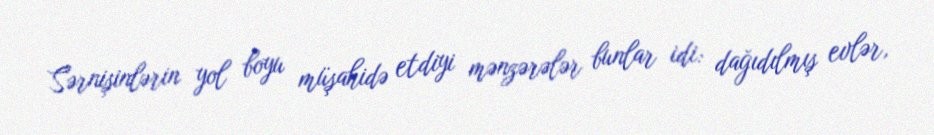
Sərnişinlərin yol boyu müşahidə etdiyi mənzərələr bunlar idi: dağıdılmış evlər,